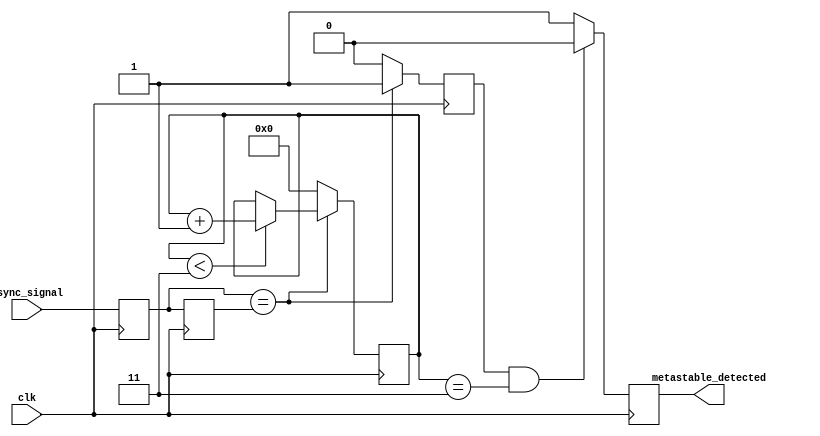
module metastability_detector #(
    parameter STABILITY_CYCLES = 4 // Number of cycles to confirm stability
)(
    input wire clk,                // Stable clock signal
    input wire async_signal,       // Asynchronous input signal
    output reg metastable_detected // Output indicator for metastability
);

    // Internal signals
    reg latch1, latch2;
    reg [STABILITY_CYCLES-1:0] stability_counter;
    reg stable;

    // Latch the input signal on the rising edge of the clock
    always @(posedge clk) begin
        latch1 <= async_signal;     // Sample the asynchronous signal
        latch2 <= latch1;           // Sample the output of the first latch
    end

    // Stability monitoring logic
    always @(posedge clk) begin
        if (latch1 == latch2) begin
            // If outputs are the same, increment the stability counter
            if (stability_counter < STABILITY_CYCLES - 1) begin
                stability_counter <= stability_counter + 1;
            end
            stable <= 1'b1; // Mark as stable
        end else begin
            // If outputs are different, reset the stability counter
            stability_counter <= 0;
            stable <= 1'b0; // Mark as unstable
        end
    end

    // Metastability detection logic
    always @(posedge clk) begin
        if (stable && (stability_counter == STABILITY_CYCLES - 1)) begin
            metastable_detected <= 1'b0; // No metastability detected
        end else begin
            metastable_detected <= 1'b1; // Metastability detected
        end
    end

    // Initialize the signals
    initial begin
        latch1 = 1'b0;
        latch2 = 1'b0;
        stability_counter = 0;
        metastable_detected = 1'b0;
        stable = 1'b0;
    end

endmodule